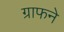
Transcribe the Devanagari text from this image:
ग्राफने